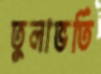
তুলাভর্তি